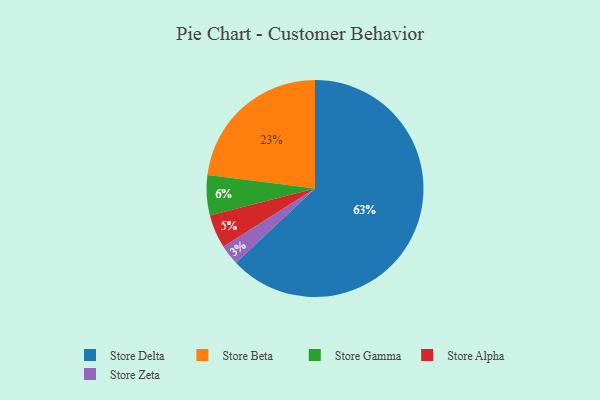
{"axis": {"x": "Category", "y": "Percentage"}, "legend": ["Store Alpha", "Store Beta", "Store Delta", "Store Gamma", "Store Zeta"], "data": [{"x": "Store Zeta", "y": 3, "type": "Store Zeta"}, {"x": "Store Alpha", "y": 5, "type": "Store Alpha"}, {"x": "Store Gamma", "y": 6, "type": "Store Gamma"}, {"x": "Store Delta", "y": 63, "type": "Store Delta"}, {"x": "Store Beta", "y": 23, "type": "Store Beta"}]}